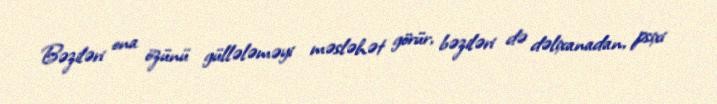
Bəziləri ona özünü güllələməyi məsləhət görür, bəziləri də dəlixanadan, psixi